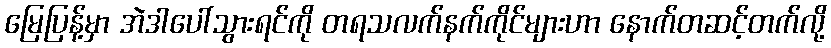
မြေပြန့်မှာ အဲဒါပေါ်သွားရင်ကို တရသလက်နက်ကိုင်များဟာ နောက်တဆင့်တက်လို့